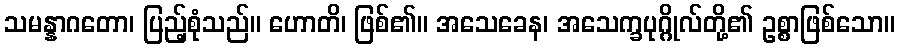
သမန္နာဂတော၊ ပြည့်စုံသည်။ ဟောတိ၊ ဖြစ်၏။ အသေခေန၊ အသေက္ခပုဂ္ဂိုလ်တို့၏ ဥစ္စာဖြစ်သော။